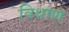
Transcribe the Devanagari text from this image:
विधाण